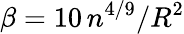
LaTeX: \beta=10\, n^{4/9}/R^{2}